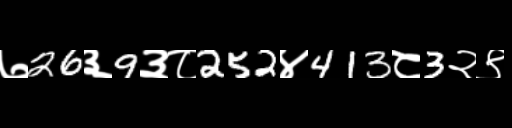
Text: ७26३9३८252४413८3२९